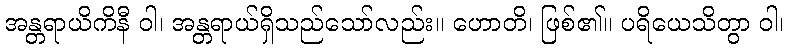
အန္တရာယိကိနီ ဝါ၊ အန္တရာယ်ရှိသည်သော်လည်း။ ဟောတိ၊ ဖြစ်၏။ ပရိယေသိတွာ ဝါ၊